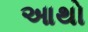
આથો